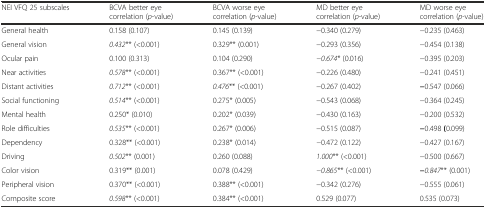
| NEI VFQ 25 subscales | BCVA better eye correlation (p-value) | BCVA worse eye correlation (p-value) | MD better eye correlation (p-value) | MD worse eye correlation (p-value) |
 | --- | --- | --- | --- | --- |
 | General health | 0.158 (0.107) | 0.145 (0.139) | −0.340 (0.279) | −0.235 (0.463) |
 | General vision | 0.432** (<0.001) | 0.329** (0.001) | −0.293 (0.356) | −0.454 (0.138) |
 | Ocular pain | 0.100 (0.313) | 0.104 (0.290) | −0.674* (0.016) | −0.395 (0.203) |
 | Near activities | 0.578** (<0.001) | 0.367** (<0.001) | −0.226 (0.480) | −0.241 (0.451) |
 | Distant activities | 0.712** (<0.001) | 0.476** (<0.001) | −0.267 (0.402) | −0.547 (0.066) |
 | Social functioning | 0.514** (<0.001) | 0.275* (0.005) | −0.543 (0.068) | −0.364 (0.245) |
 | Mental health | 0.250* (0.010) | 0.202* (0.039) | −0.430 (0.163) | −0.200 (0.532) |
 | Role difficulties | 0.535** (<0.001) | 0.267* (0.006) | −0.515 (0.087) | −0.498 (0.099) |
 | Dependency | 0.328** (<0.001) | 0.238* (0.014) | −0.472 (0.122) | −0.427 (0.167) |
 | Driving | 0.502** (0.001) | 0.260 (0.088) | 1.000** (<0.001) | −0.500 (0.667) |
 | Color vision | 0.319** (0.001) | 0.078 (0.429) | −0.865** (<0.001) | −0.847** (0.001) |
 | Peripheral vision | 0.370** (<0.001) | 0.388** (<0.001) | −0.342 (0.276) | −0.555 (0.061) |
 | Composite score | 0.598** (<0.001) | 0.384** (<0.001) | 0.529 (0.077) | 0.535 (0.073) |